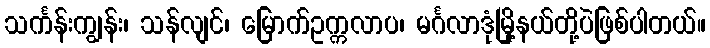
သင်္ကန်းကျွန်း၊ သန်လျင်၊ မြောက်ဥက္ကလာပ၊ မင်္ဂလာဒုံမြို့နယ်တို့ပဲဖြစ်ပါတယ်။